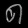
Digit: ၈